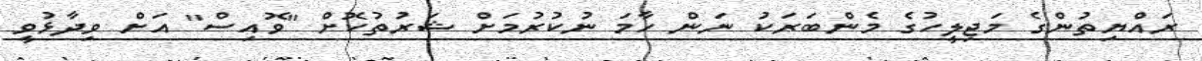
ރައްޔިތުންގެ މަޖިލީހުގެ މެންބަރަކު ނަން ހާމަ ނުކުރުމަށް ޝަރުތުކޮށް "ވޮއިސް" އަށް ވިދާޅުވީ